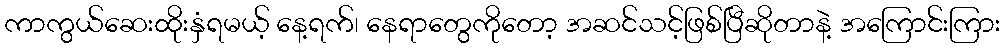
ကာကွယ်ဆေးထိုးနှံရမယ့် နေ့ရက်၊ နေရာတွေကိုတော့ အဆင်သင့်ဖြစ်ပြီဆိုတာနဲ့ အကြောင်းကြား